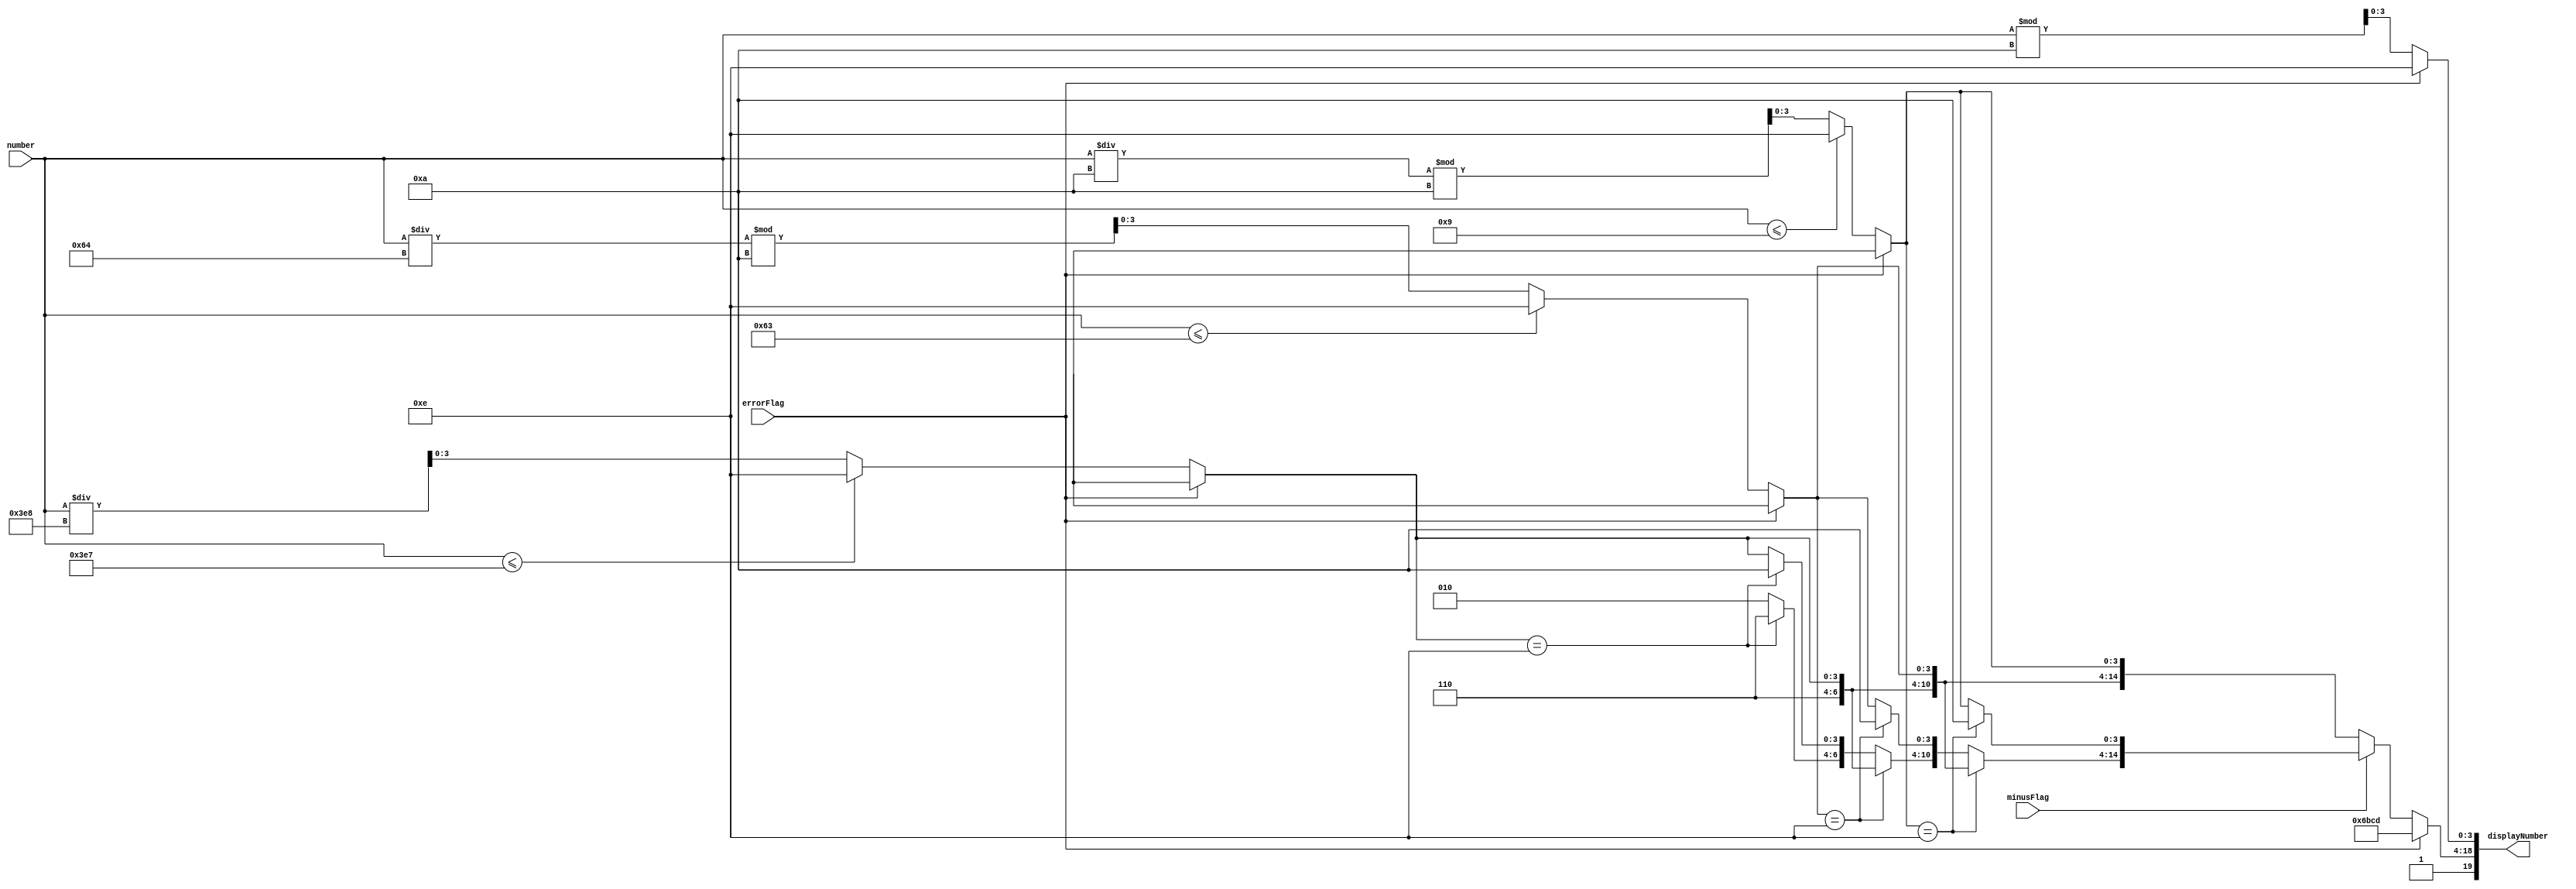
`timescale 1ns / 1ps
//////////////////////////////////////////////////////////////////////////////////
// Company: 
// Engineer: 
// 
// Design Name: 
// Module Name: DisplayLogic
// Project Name: 
// Target Devices: 
// Tool Versions: 
// Description: 
// 
// Dependencies: 
// 
// Revision:
// Revision 0.01 - File Created
// Additional Comments:
// 
//////////////////////////////////////////////////////////////////////////////////


module DisplayLogic(
    output reg [19:0] displayNumber, 
    input [15:0] number, 
    input minusFlag, errorFlag
    );

    localparam Minus = 4'd10;
    localparam N = 4'd11;
    localparam Slash = 4'd12;
    localparam A = 4'd13;
    localparam Blank = 4'd14;

    always @(*) begin
        if(errorFlag) 
            displayNumber = {Blank,N,Slash,A,Blank};
        else begin
            // Number
            displayNumber[19:16] = Blank;
            if (number <= 999)
                displayNumber[15:12] = Blank;
            else
                displayNumber[15:12] = number/1000;
            if (number <= 99)
                displayNumber[11:8] = Blank;
            else
                displayNumber[11:8] = (number/100)%10;
            if (number <= 9)
                displayNumber[7:4] = Blank;
            else
                displayNumber[7:4] = (number/10)%10;
            displayNumber[3:0] = number%10;

            // Minus
            if(minusFlag) begin
                if (displayNumber[7:4] == Blank)
                    displayNumber[7:4] = Minus;
                else if (displayNumber[11:8] == Blank)
                    displayNumber[11:8] = Minus;
                else if (displayNumber[15:12] == Blank)
                    displayNumber[15:12] = Minus;
                else
                    displayNumber[19:16] = Minus;
            end
        end
    end
    
endmodule